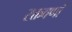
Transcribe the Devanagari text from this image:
रक्तवर्णां